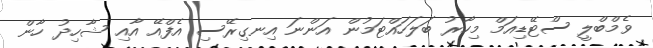
ވެމްބްލީ ސްޓޭޑިއަމް މިހާރު ބަލަހައްޓަމުން އަންނަ އިނގިރޭސި އެފްއޭ އާއި ޝާހިދު ހާން